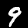
Label: 9